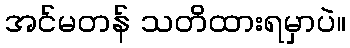
အင်မတန် သတိထားရမှာပဲ။